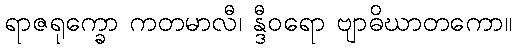
ရာဇရုက္ခော ကတမာလီ၊ န္ဒီဝရော ဗျာဓိဃာတကော။